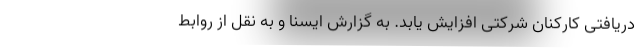
دریافتی کارکنان شرکتی افزایش یابد. به گزارش ایسنا و به نقل از روابط